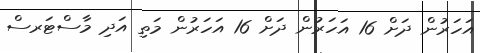
އަހަރުން ދަށް 16 އަހަރުން ދަށް 16 އަހަރުން މަތި އަދި މާސްޓަރސް